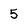
Character: 5